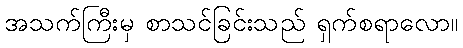
အသက်ကြီးမှ စာသင်ခြင်းသည် ရှက်စရာလော။